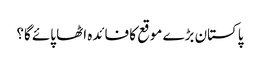
پاکستان بڑے موقع کا فائدہ اٹھا پائے گا؟